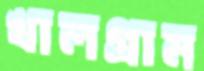
খালগ্রাম